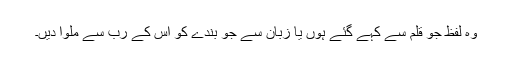
وہ لفظ جو قلم سے کہے گئے ہوں یا زبان سے جو بندے کو اس کے رب سے ملوا دیں۔